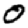
Digit: 0